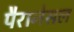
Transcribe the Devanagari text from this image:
पैरानेसल